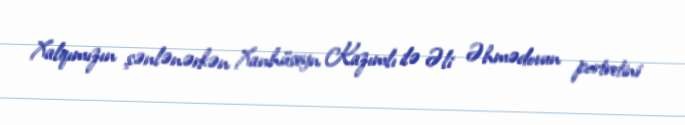
Xalqımızın şənlənərkən Xanhüseyn Kazımlı ilə Əli Əhmədovun portretini